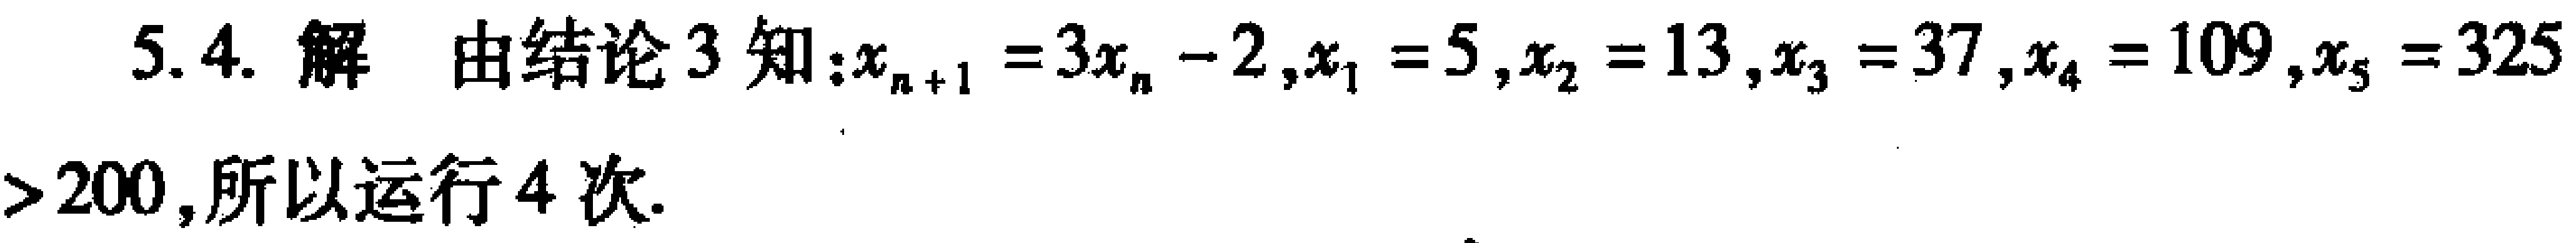
5.4. 解 由结论3知：\(x_{n + 1} = 3x_{n} - 2\)，\(x_{1} = 5\)，\(x_{2} = 13\)，\(x_{3} = 37\)，\(x_{4} = 109\)，\(x_{5} = 325\)

> 200，所以运行4次.